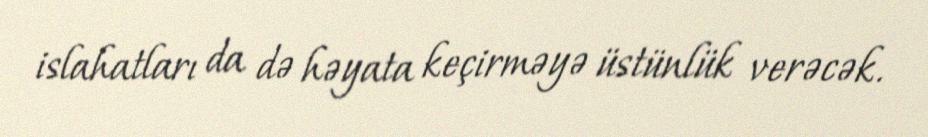
islahatları da də həyata keçirməyə üstünlük verəcək.